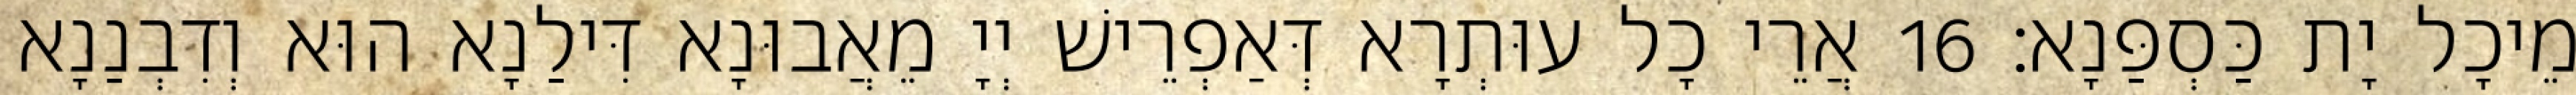
מֵיכָל יָת כַּסְפַּנָא׃ 16 אֲרֵי כָל עוּתְרָא דְּאַפְרֵישׁ יְיָ מֵאֲבוּנָא דִּילַנָא הוּא וְדִבְנַנָא